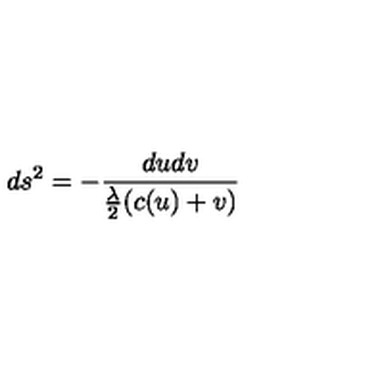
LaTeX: d s ^ { 2 } = - \frac { d u d v } { { \frac \lambda 2 } ( c ( u ) + v ) }